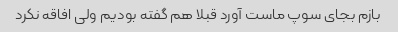
بازم بجای سوپ ماست آورد قبلا هم گفته بودیم ولی افاقه نکرد